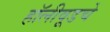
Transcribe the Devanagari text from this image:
हॉलीवूडचे